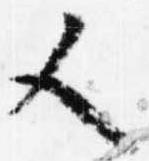
又